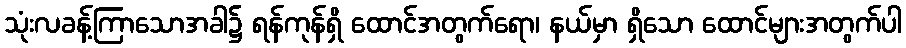
သုံးလခန့်ကြာသောအခါ၌ ရန်ကုန်ရှိ ထောင်အတွက်ရော၊ နယ်မှာ ရှိသော ထောင်များအတွက်ပါ